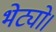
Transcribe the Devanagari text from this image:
भेट्यो।